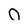
Character: O